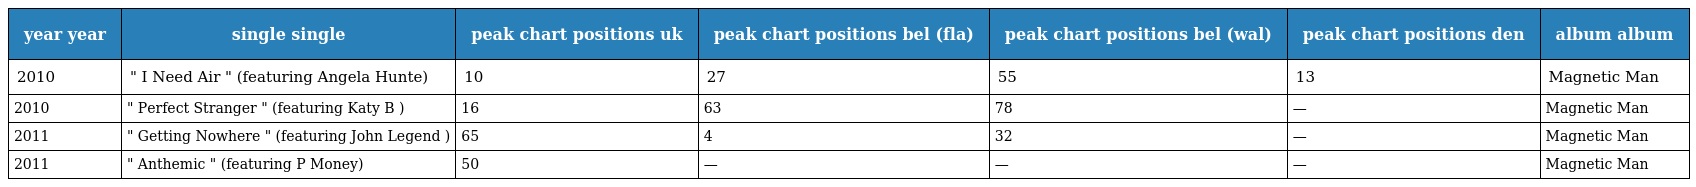
| year year | single single | peak chart positions uk | peak chart positions bel (fla) | peak chart positions bel (wal) | peak chart positions den | album album |
 | --- | --- | --- | --- | --- | --- | --- |
 | 2010 | " I Need Air " (featuring Angela Hunte) | 10 | 27 | 55 | 13 | Magnetic Man |
 | 2010 | " Perfect Stranger " (featuring Katy B ) | 16 | 63 | 78 | — | Magnetic Man |
 | 2011 | " Getting Nowhere " (featuring John Legend ) | 65 | 4 | 32 | — | Magnetic Man |
 | 2011 | " Anthemic " (featuring P Money) | 50 | — | — | — | Magnetic Man |